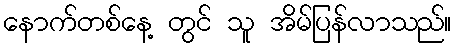
နောက်တစ်နေ့ တွင် သူ အိမ်ပြန်လာသည်။